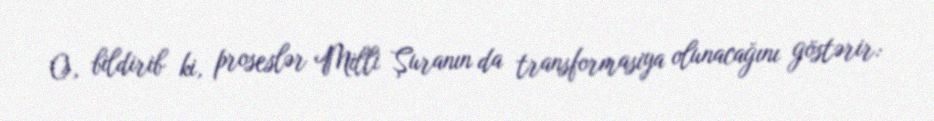
O, bildirib ki, proseslər Milli Şuranın da transformasiya olunacağını göstərir: